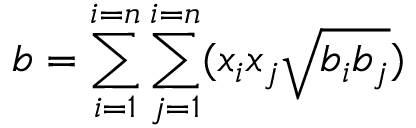
b = \sum _ { i = 1 } ^ { i = n } \sum _ { j = 1 } ^ { i = n } ( x _ { i } x _ { j } { \sqrt { b _ { i } b _ { j } } } )